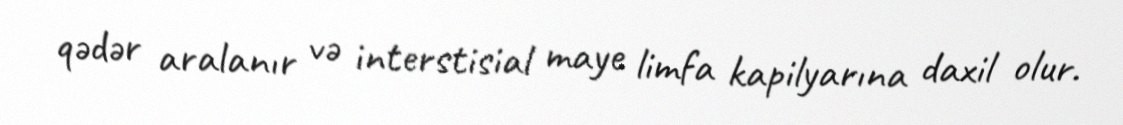
qədər aralanır və interstisial maye limfa kapilyarına daxil olur.